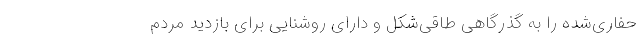
حفاری‌شده را به گذرگاهی طاقی‌شکل و دارای روشنایی برای بازدید مردم